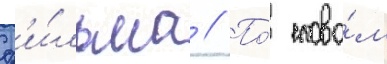
ф'и́льма // По́ слова́м